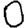
Digit: 0